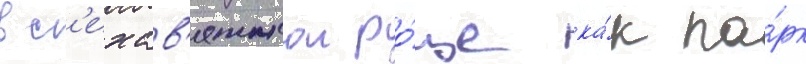
вс'ехсв'ятскои ро́ще ка́к па́рк